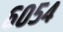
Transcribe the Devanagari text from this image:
६०५४